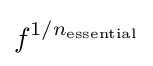
f^{1/n_{\mathrm {essential} }}